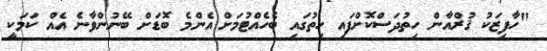
"ހާފިޒަކު ޤުރްއާން ހިތުދަސްކޮށްފައި ހިތުގައި ބެހެއްޓުމަށް އެންމެ ބޮޑަށް ބޭނުންވާނެ އެއް ކަމަކީ